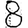
Digit: 8